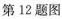
第12题图